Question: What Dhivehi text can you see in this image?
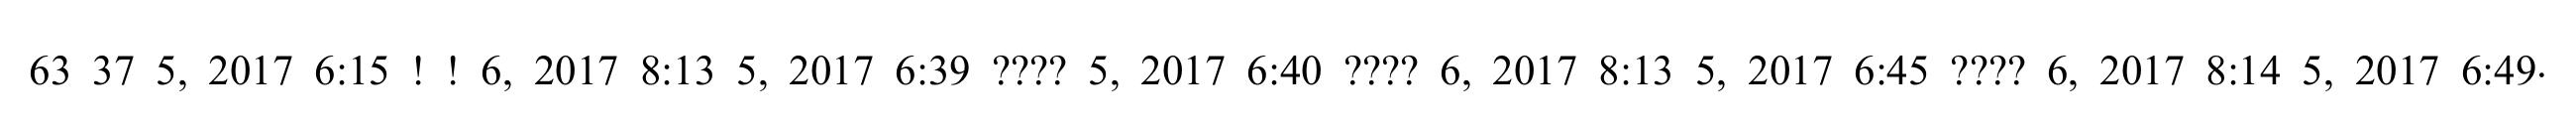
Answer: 63 37 5, 2017 6:15 ! ! 6, 2017 8:13 5, 2017 6:39 ???? 5, 2017 6:40 ???? 6, 2017 8:13 5, 2017 6:45 ???? 6, 2017 8:14 5, 2017 6:49.